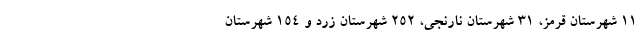
۱۱ شهرستان قرمز، ۳۱ شهرستان نارنجی، ۲۵۲ شهرستان زرد و ۱۵۴ شهرستان